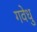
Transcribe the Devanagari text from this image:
गवेधु